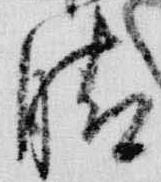
晴